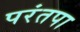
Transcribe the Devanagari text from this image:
परंतपा